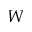
W